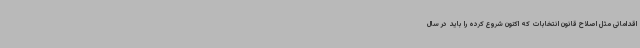
اقداماتی مثل اصلاح قانون انتخابات که اکنون شروع کرده را باید در سال